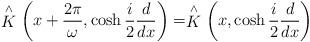
LaTeX: \begin{align*} \stackrel{\wedge }{K}\left(x+ \frac{2 \pi}{\omega},\cosh\frac{i}{2}\frac{d}{dx} \right) = \stackrel{\wedge }{K}\left(x,\cosh\frac{i}{2}\frac{d}{dx} \right)\end{align*}